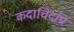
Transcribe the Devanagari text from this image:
कदाचिदपि